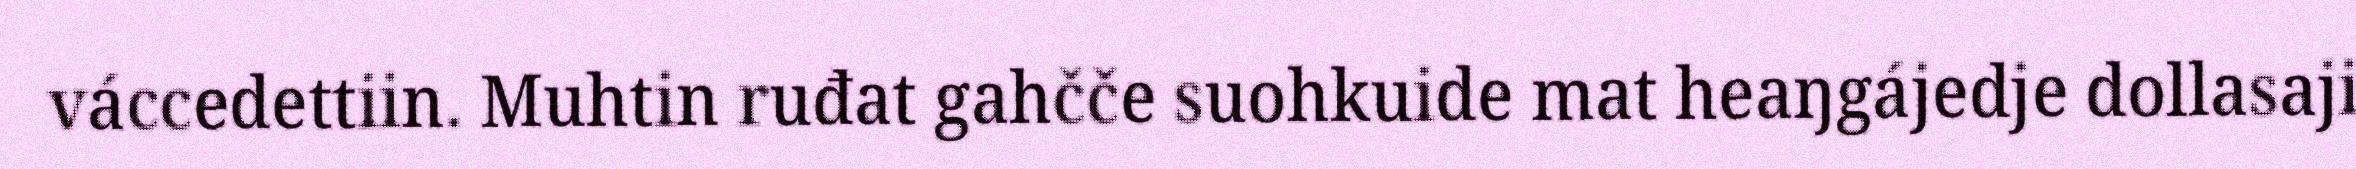
váccedettiin. Muhtin ruđat gahčče suohkuide mat heaŋgájedje dollasaji